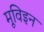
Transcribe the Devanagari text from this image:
मूविइन